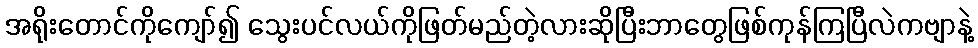
အရိုးတောင်ကိုကျော်၍ သွေးပင်လယ်ကိုဖြတ်မည်တဲ့လားဆိုပြီးဘာတွေဖြစ်ကုန်ကြပြီလဲကဗျာနဲ့